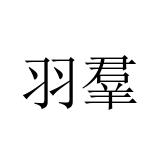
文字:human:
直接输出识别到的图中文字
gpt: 羽羣